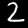
Label: 2